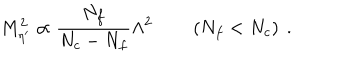
LaTeX: M _ { \eta ^ { \prime } } ^ { 2 } \propto \frac { N _ { f } } { N _ { c } - N _ { f } } \Lambda ^ { 2 } \qquad \left( N _ { f } < N _ { c } \right) \ .